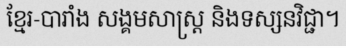
ខ្មែរ-បារាំង សង្គមសាស្ត្រ និងទស្សនវិជ្ជា។